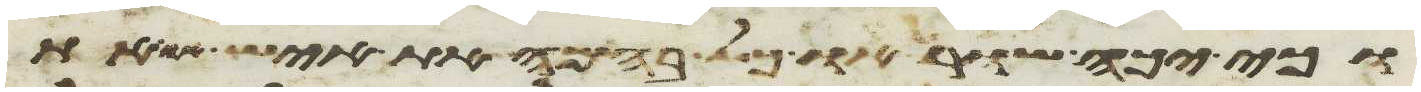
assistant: וכי יכה שור וכל בהמה את איש או